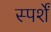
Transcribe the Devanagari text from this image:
स्पर्शें